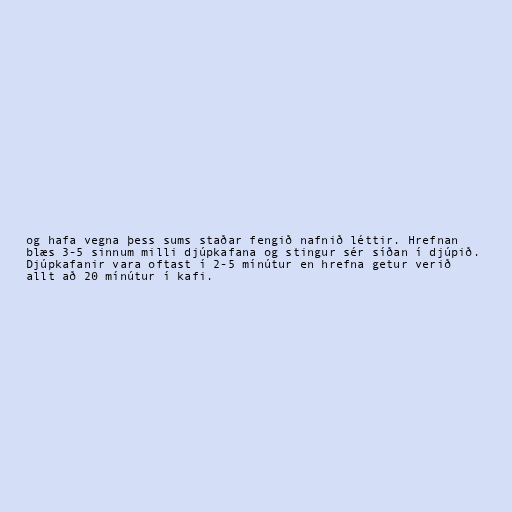
og hafa vegna þess sums staðar fengið nafnið léttir. Hrefnan
blæs 3-5 sinnum milli djúpkafana og stingur sér síðan í djúpið.
Djúpkafanir vara oftast í 2-5 mínútur en hrefna getur verið
allt að 20 mínútur í kafi.